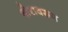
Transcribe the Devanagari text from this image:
दोरावरून